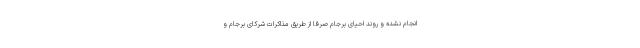
انجام نشده و روند احیای برجام صرفا از طریق مذاکرات شرکای برجام و